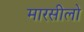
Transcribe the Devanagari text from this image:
मारसीलो